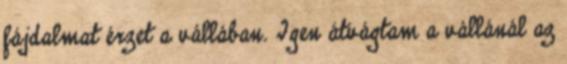
fájdalmat érzet a vállában. Igen átvágtam a vállánál az